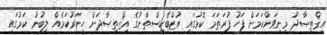
އިޤްތިޞާދު މިނިވަންކަމަށް ފަހު ފުރަތަމަ ކޮޅުގައި އުޒްބެކިސްތާނުގެ އިޤްތިޞާދަށް ހީނަރުކަމެެއް ލިބުނު ކަމުގައި